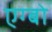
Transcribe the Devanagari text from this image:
एग्बो